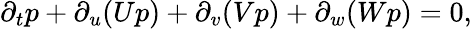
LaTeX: \partial_{t}p+\partial_{u}(Up)+\partial_{v}(Vp)+\partial_{w}(Wp)=0,